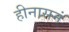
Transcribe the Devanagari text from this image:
हीनासनं